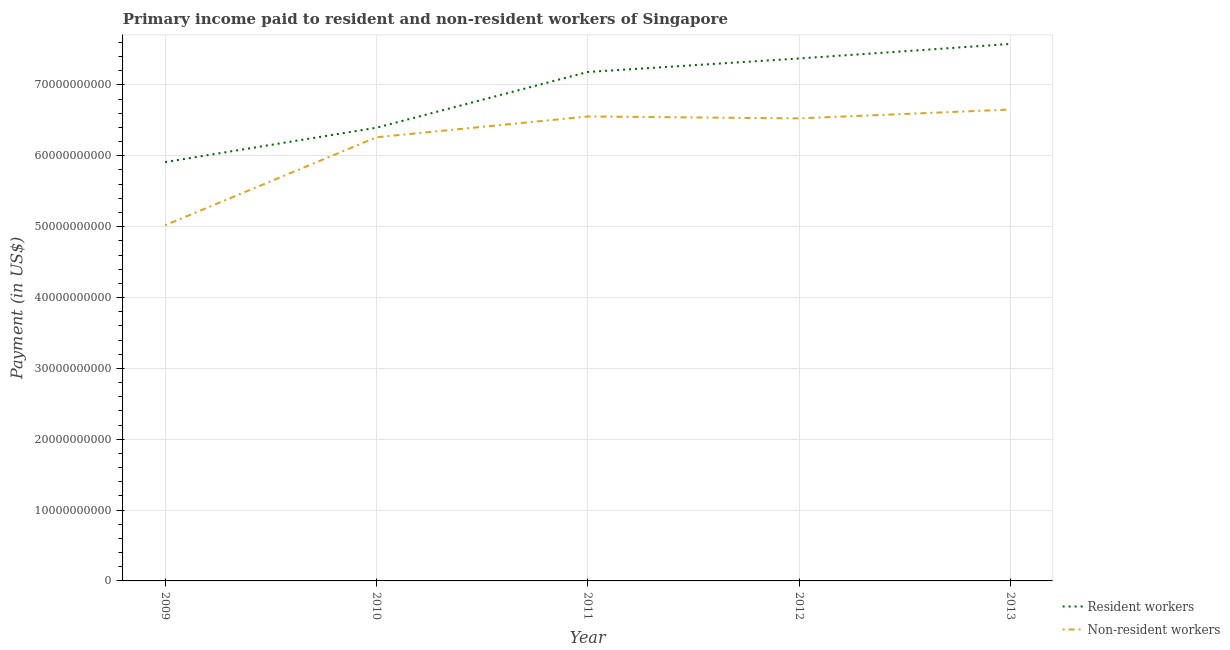
| Year | Resident workers | Non-resident workers |
 | --- | --- | --- |
 | 2009 | 5.91e+10 | 5.02e+10 |
 | 2010 | 6.4e+10 | 6.26e+10 |
 | 2011 | 7.18e+10 | 6.56e+10 |
 | 2012 | 7.37e+10 | 6.53e+10 |
 | 2013 | 7.58e+10 | 6.65e+10 |